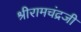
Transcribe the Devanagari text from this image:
श्रीरामचंद्रजी